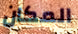
المكان